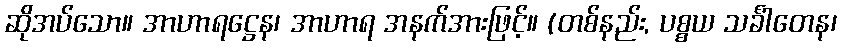
ဆိုအပ်သော။ အာဟာရဋ္ဌေန၊ အာဟာရ အနက်အားဖြင့်။ (တစ်နည်း, ပစ္စယ သင်္ခါတေန၊